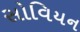
સોવિયન